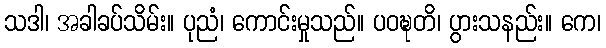
သဒါ၊ အခါခပ်သိမ်း။ ပုညံ၊ ကောင်းမှုသည်။ ပဝဍ္ဎတိ၊ ပွားသနည်း။ ကေ၊